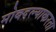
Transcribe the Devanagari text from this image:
मोबदल्याकरता